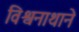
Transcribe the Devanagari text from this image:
विश्वनाथाने